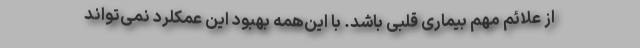
از علائم مهم بیماری قلبی باشد. با این‌همه بهبود این عمکلرد نمی‌تواند